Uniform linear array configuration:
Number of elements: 48
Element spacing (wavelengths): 0.75
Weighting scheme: blackman
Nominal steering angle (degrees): -60
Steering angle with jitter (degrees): -59.767
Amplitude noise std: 0.05
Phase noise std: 0.05

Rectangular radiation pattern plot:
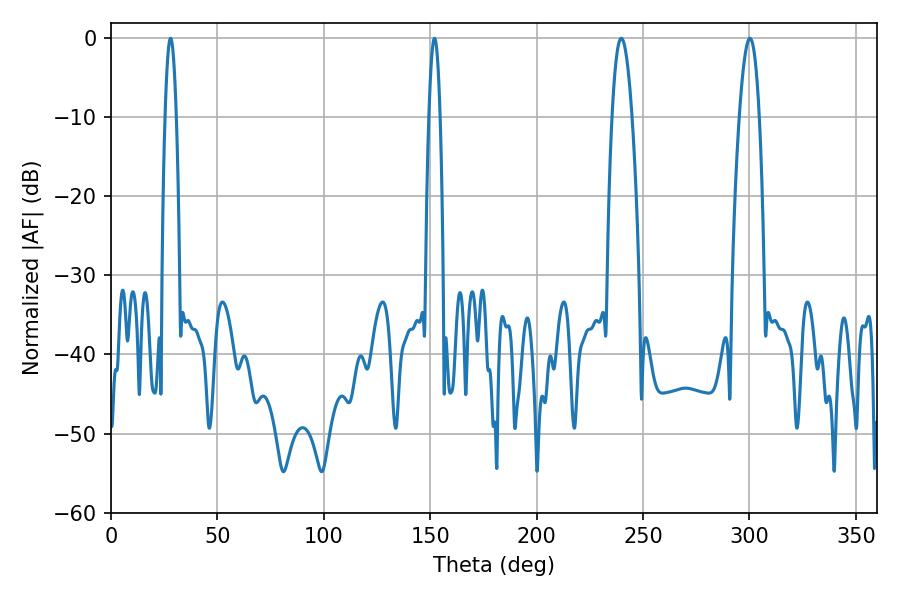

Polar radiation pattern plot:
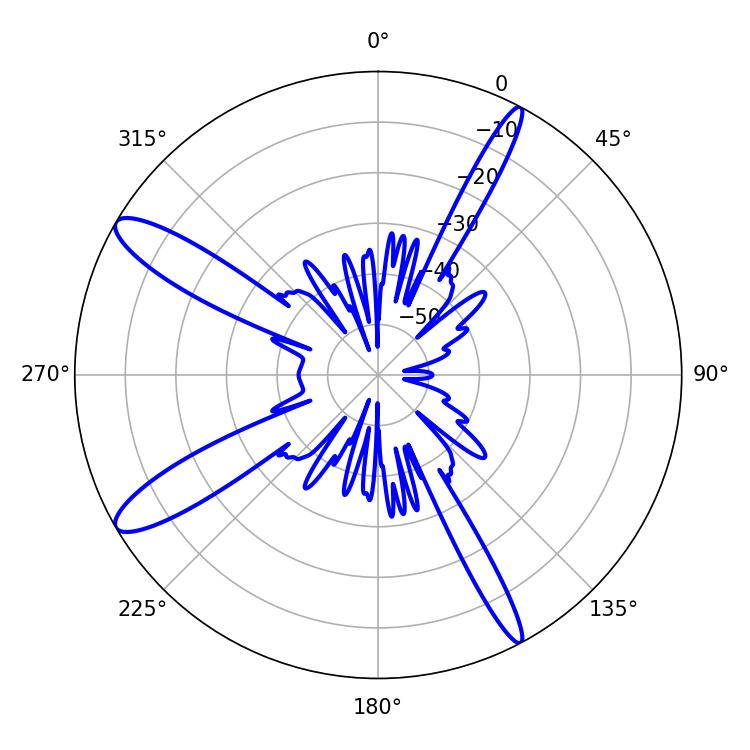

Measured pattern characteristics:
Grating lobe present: TRUE
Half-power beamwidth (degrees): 5.22
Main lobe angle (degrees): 300.24